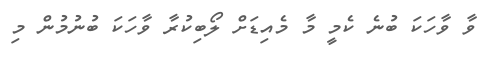
ވާ ވާހަކަ ބުނެ ކެމީ މާ މެއިޑަށް ލޯބިކުރާ ވާހަކަ ބުނުމުން މި